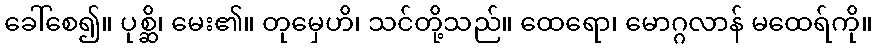
ခေါ်စေ၍။ ပုစ္ဆိ၊ မေး၏။ တုမှေဟိ၊ သင်တို့သည်။ ထေရော၊ မောဂ္ဂလာန် မထေရ်ကို။